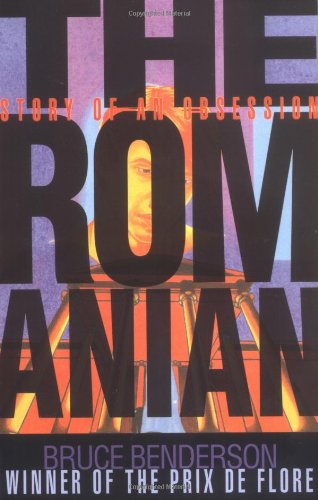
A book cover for The Romanian: Story of an Obsession; Bruce Benderson; Gay & Lesbian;